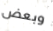
وبعض